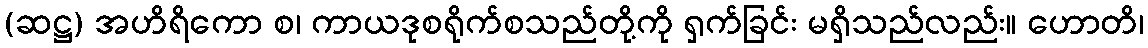
(ဆဋ္ဌ) အဟိရိကော စ၊ ကာယဒုစရိုက်စသည်တို့ကို ရှက်ခြင်း မရှိသည်လည်း။ ဟောတိ၊